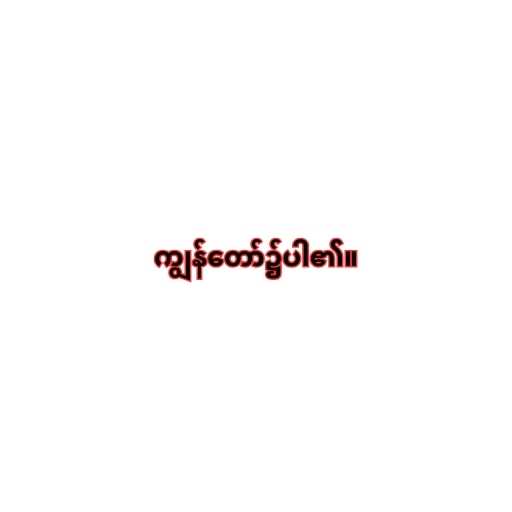
ကျွန်တော်၌ပါ၏။